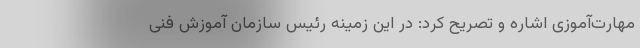
مهارت‌آموزی اشاره و تصریح کرد: در این زمینه رئیس سازمان آموزش فنی